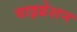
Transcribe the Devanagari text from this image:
वाइव्रेशन